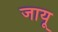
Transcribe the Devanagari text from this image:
जायू